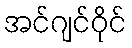
အင်ဂျင်ဝိုင်